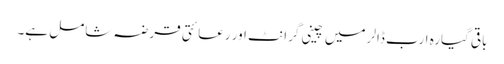
باقی گیارہ ارب ڈالر میں چینی گرانٹ اور رعائتی قرضہ شامل ہے۔